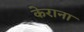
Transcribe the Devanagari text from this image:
केराना